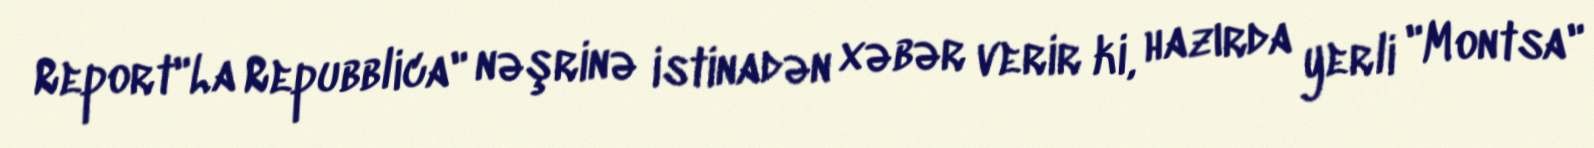
Report"La Repubblica" nəşrinə istinadən xəbər verir ki, hazırda yerli "Montsa"